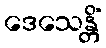
ဒေသေန္တိံ